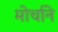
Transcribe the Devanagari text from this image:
मोर्चाने